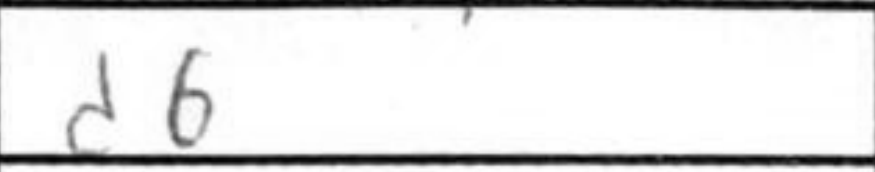
Transcription: d6